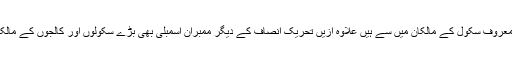
چونکہ نجی سکولوں کی انجمن نے سپیکر اسد قیصر کو یہ پیشکش کی ہے اور سپیکر خود بھی معروف سکول کے مالکان میں سے ہیں علاوہ ازیں تحریک انصاف کے دیگر ممبران اسمبلی بھی بڑے سکولوں اور کالجوں کے مالکان ہیں جبکہ اتحادی جماعت جماعت اسلامی کے اراکین کی ملکیت میں بھی سکولز و کالجز ہیں۔